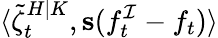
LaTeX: \langle\tilde{\zeta}_{t}^{H|K},\mathbf{s}(f_{t}^{\mathcal{I}}-f_{t})\rangle